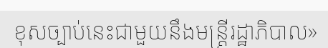
ខុសច្បាប់នេះជាមួយនឹងមន្ត្រីរដ្ឋាភិបាល»